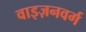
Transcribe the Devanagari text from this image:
वाइज़नवर्ग